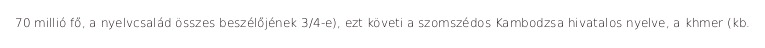
70 millió fő, a nyelvcsalád összes beszélőjének 3/4-e), ezt követi a szomszédos Kambodzsa hivatalos nyelve, a khmer (kb.